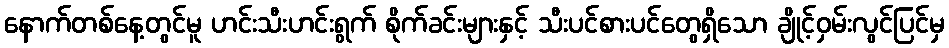
နောက်တစ်နေ့တွင်မူ ဟင်းသီးဟင်းရွက် စိုက်ခင်းများနှင့် သီးပင်စားပင်တွေရှိသော ချိုင့်ဝှမ်းလွင်ပြင်မှ